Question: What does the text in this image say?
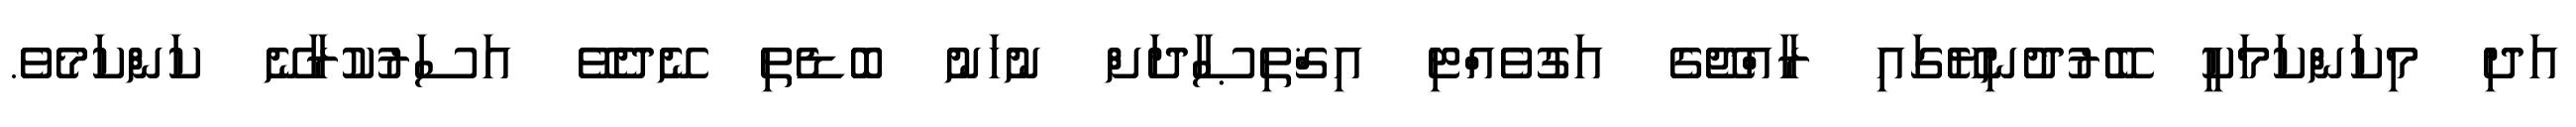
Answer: އަދި މިކަންކަމަކީ ބޭރުދުނިޔޭގައި ރާއްޖޭގެ އަގުވެއްޓި އިޤްތިޞާދަށް ނުހަނު ބޮޑެތި ނޭދެވޭ އަސަރުކުރާނޭ ކަންކަމެވެ.